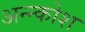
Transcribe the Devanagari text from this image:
अन्‍न्कोश